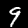
Label: 9